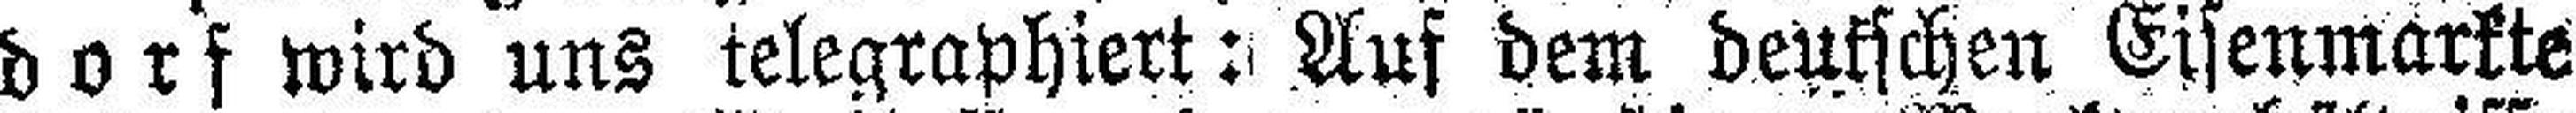
dorf wird uns telegraphiert: Auf dem deutschen Eisenmarkte